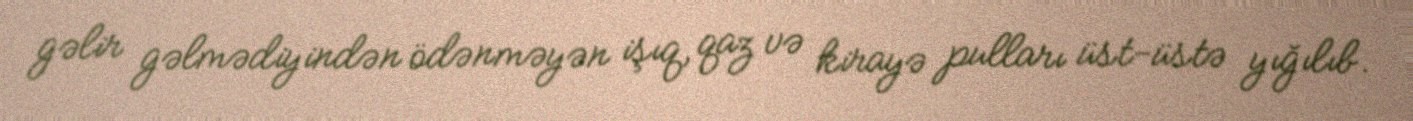
gəlir gəlmədiyindən ödənməyən işıq, qaz və kirayə pulları üst-üstə yığılıb.